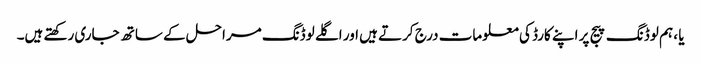
یا ، ہم لوڈنگ پیج پر اپنے کارڈ کی معلومات درج کرتے ہیں اور اگلے لوڈنگ مراحل کے ساتھ جاری رکھتے ہیں۔